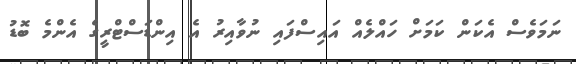
ނަމަވެސް އެކަން ކަމަށް ހައްލެއް އައިސްފައި ނުވާއިރު އެ އިންޑަސްޓްރީގެ އެންމެ ބޮޑު